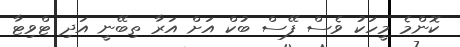
ކޮންމެ މީހަކު ވެސް ފޭސް ބުކް އަށް އަރާ ތިބޭނީ އަދި ޓްވިޓާ